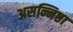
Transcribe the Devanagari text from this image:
असन्निष्ठा